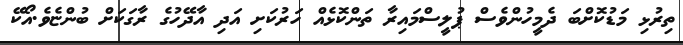
ތިރުޅި މަޑުކޮށްބަ ދެމީހުންވެސް ޕުލީސްމައިރާ ތަންކޮޅެއް ހަރުކަށި އަދި އާދޭހުގެ ރާގަކަށް ބުންޏެވެ.އޯކޭ